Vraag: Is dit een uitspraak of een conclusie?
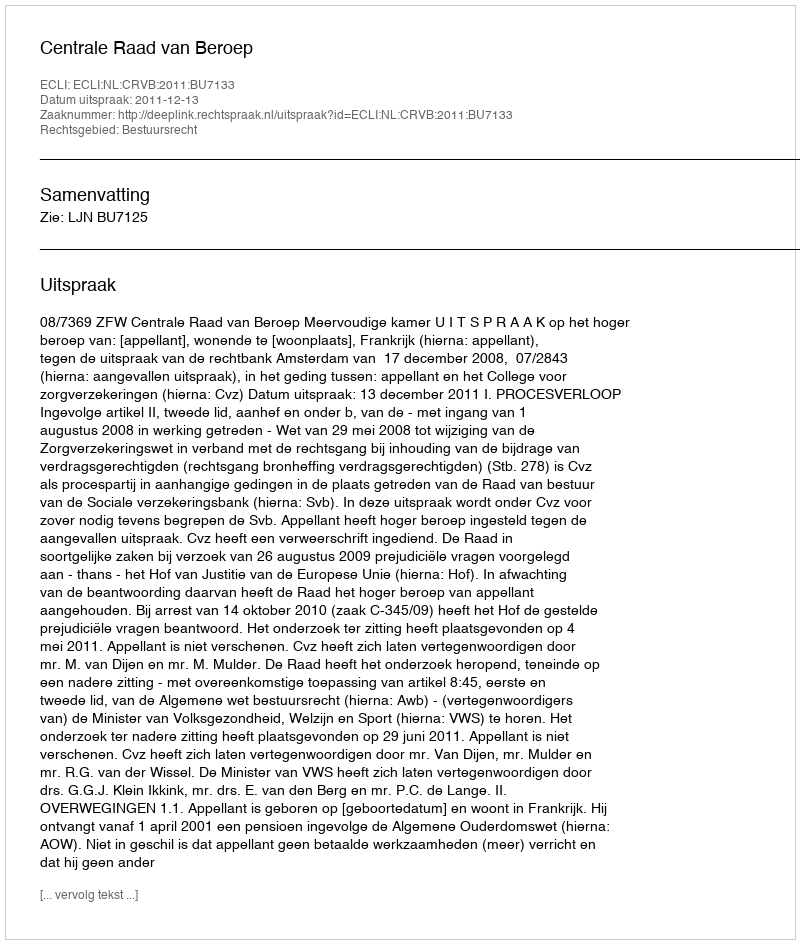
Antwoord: Uitspraak